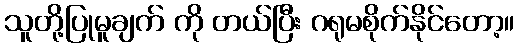
သူတို့ပြုမူချက် ကို တယ်ပြီး ဂရုမစိုက်နိုင်တော့။